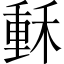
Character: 𥠭